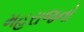
મહરાજનો